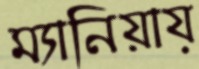
ম্যানিয়ায়